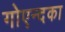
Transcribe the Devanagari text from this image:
गोएन्दका